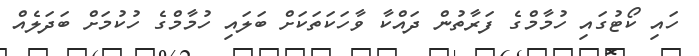
ހައި ކޯޓުގައި ހުމާމްގެ ފަރާތުން ދައްކާ ވާހަކަތަކަށް ބަލައި ހުމާމްގެ ހުކުމަށް ބަދަލެއް